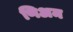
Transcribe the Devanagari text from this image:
णिअम